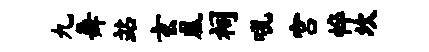
九舞站玄凰祠吼宫悴坎